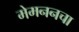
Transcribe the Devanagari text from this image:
मेमननचा